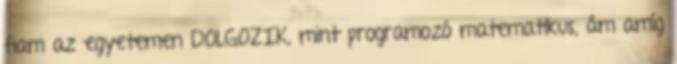
fiam az egyetemen DOLGOZIK, mint programozó matematikus, ám amíg